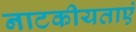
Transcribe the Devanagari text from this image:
नाटकीयताएं